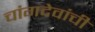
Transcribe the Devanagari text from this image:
चांगदेवांची